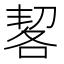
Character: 㗉